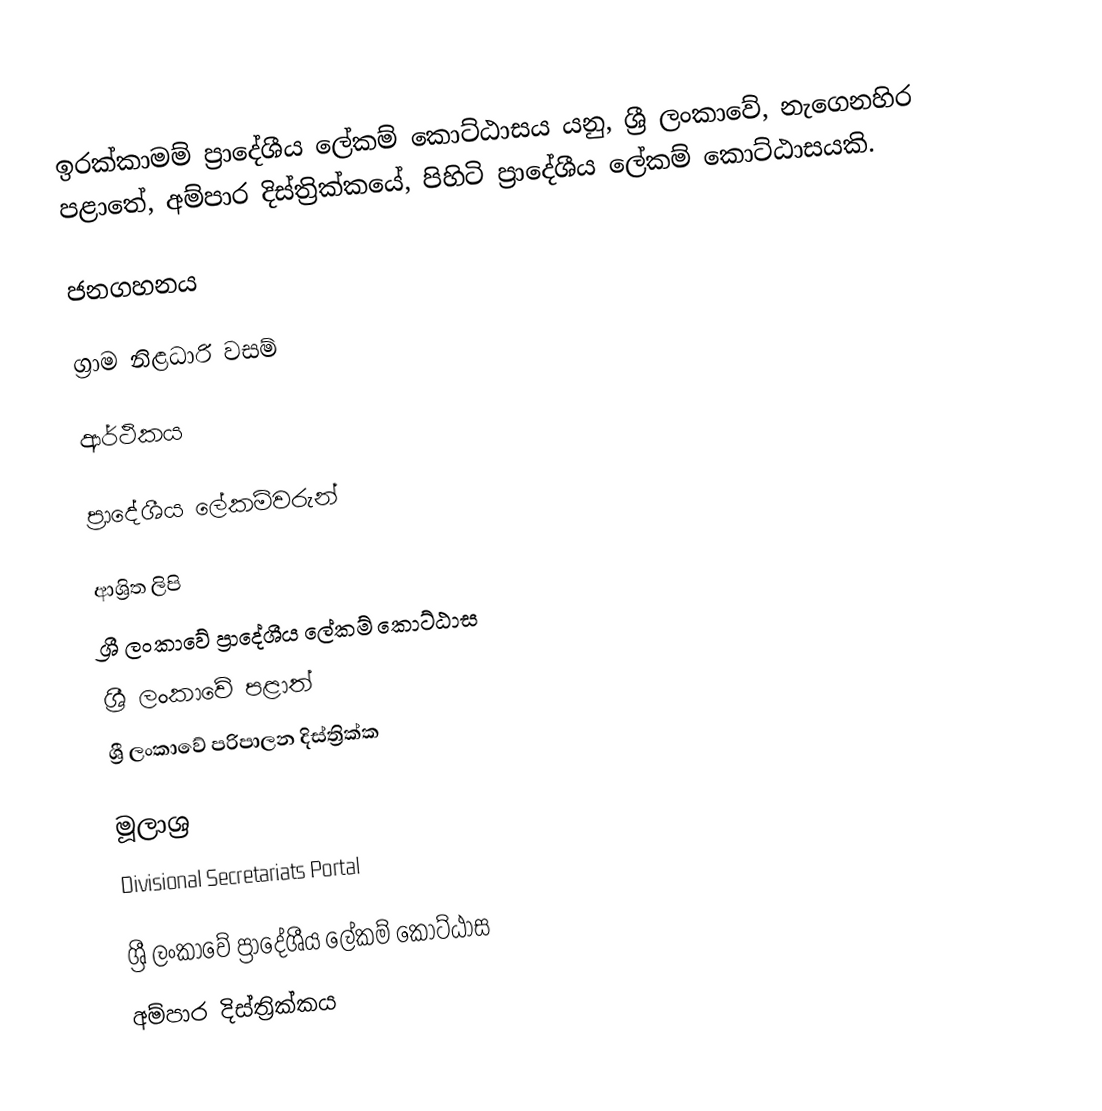
ඉරක්කාමම් ප්‍රාදේශීය ලේකම් කොට්ඨාසය යනු,  ශ්‍රී ලංකාවේ, නැගෙනහිර පළාතේ,   අම්පාර දිස්ත්‍රික්කයේ, පිහිටි ප්‍රාදේශීය ලේකම් කොට්ඨාසයකි.

ජනගහනය

ග්‍රාම නිළධාරි වසම්

ආර්ථිකය

ප්‍රාදේශීය ලේකම්වරුන්

ආශ්‍රිත ලිපි
ශ්‍රී ලංකාවේ ප්‍රාදේශීය ලේකම් කොට්ඨාස
ශ්‍රී ලංකාවේ පළාත්
ශ්‍රී ලංකාවේ පරිපාලන දිස්ත්‍රික්ක

මූලාශ්‍ර
 Divisional Secretariats Portal

ශ්‍රී ලංකාවේ ප්‍රාදේශීය ලේකම් කොට්ඨාස
අම්පාර දිස්ත්‍රික්කය